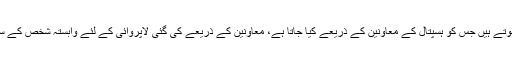
مریض کے علاج کے تعلق میں کئی کام ایسے ہوتے ہیں جِس کو ہسپتال کے معاونین کے ذریعے کیا جاتا ہے، معاونین کے ذریعے کی گئی لاپروائی کے لئے وابستہ شخص کے ساتھ-ساتھ ہسپتال انتظامیہ کاملاً ذمہ دار ہوتا ہے۔